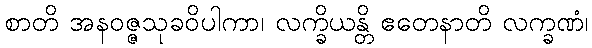
စာတိ အနဝဇ္ဇသုခဝိပါကာ၊ လက္ခိယန္တိ ဧတေနာတိ လက္ခဏံ၊